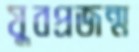
যুবপ্রজন্ম